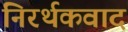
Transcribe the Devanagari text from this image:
निरर्थकवाद